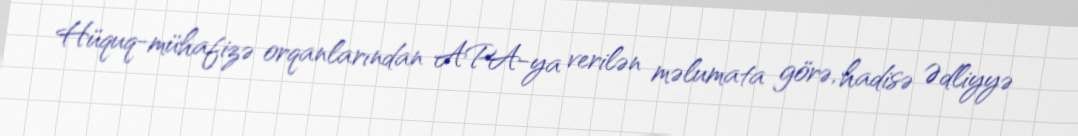
Hüquq-mühafizə orqanlarından APA-ya verilən məlumata görə, hadisə Ədliyyə